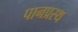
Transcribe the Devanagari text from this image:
पानप्रस्थ